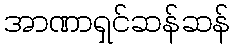
အာဏာရှင်ဆန်ဆန်